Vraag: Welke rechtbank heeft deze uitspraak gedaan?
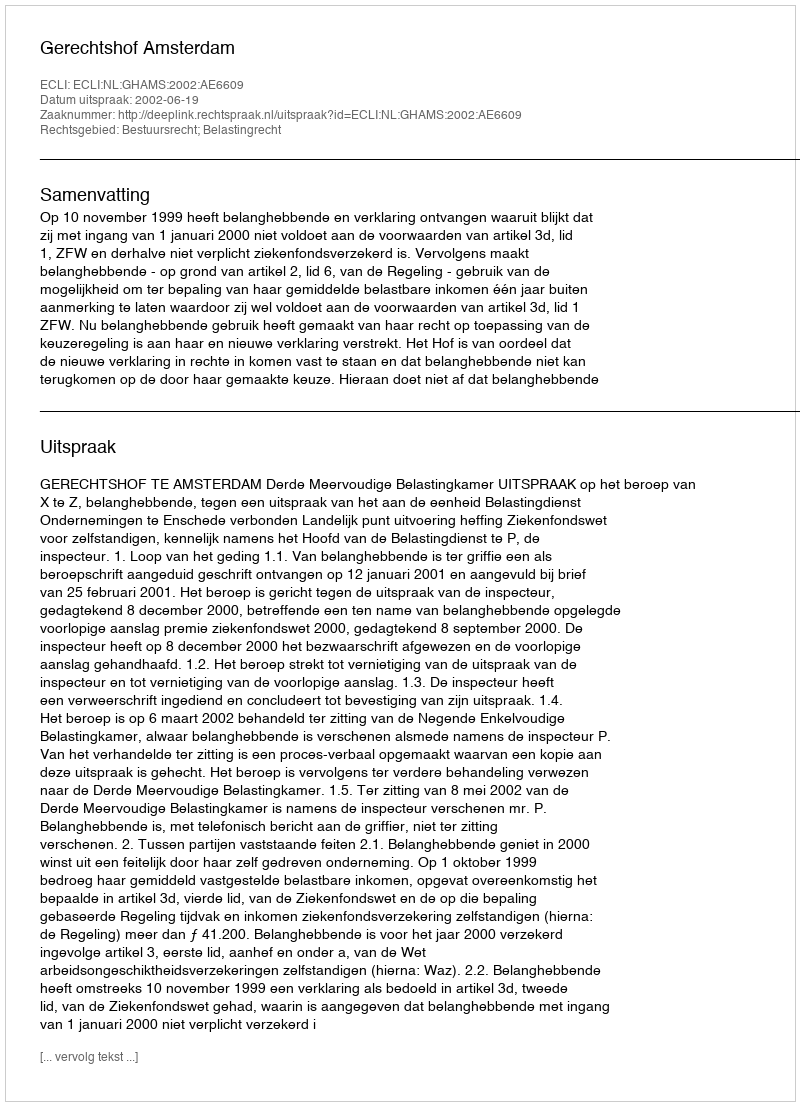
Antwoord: Gerechtshof Amsterdam